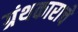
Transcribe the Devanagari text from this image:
ग्रंथकाराचे